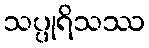
သပ္ပုရိသဿ